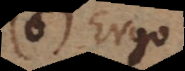
(7) Ergo